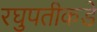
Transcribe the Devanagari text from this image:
रघुपतीकडे